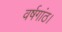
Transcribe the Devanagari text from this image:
वर्षगांठ।